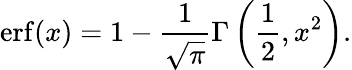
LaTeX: \operatorname{erf}(x)=1-{\frac{1}{\sqrt{\pi}}}\Gamma\left({\frac{1}{2}},x^{2}\right).